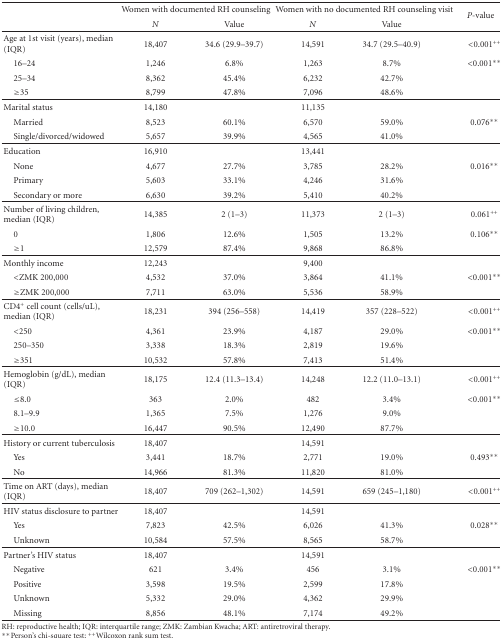
<table><thead><tr><td></td><td colspan="2"><b>Women with documented RH counseling</b></td><td colspan="2"><b>Women with no documented RH counseling visit</b></td><td rowspan="2"><b><i> P</i>-value</b></td></tr><tr><td></td><td><b><i>N</i></b></td><td><b>Value</b></td><td><b><i>N</i></b></td><td><b>Value</b></td></tr></thead><tbody><tr><td>Age at 1st visit (years), median (IQR)</td><td>18,407</td><td>34.6 (29.9–39.7)</td><td>14,591</td><td>34.7 (29.5–40.9)</td><td>&lt;0.001<sup>++</sup></td></tr><tr><td> 16–24</td><td>1,246</td><td>6.8%</td><td>1,263</td><td>8.7%</td><td>&lt;0.001**</td></tr><tr><td> 25–34</td><td>8,362</td><td>45.4%</td><td>6,232</td><td>42.7%</td><td></td></tr><tr><td> ≥35</td><td>8,799</td><td>47.8%</td><td>7,096</td><td>48.6%</td><td></td></tr><tr><td>Marital status</td><td>14,180</td><td></td><td>11,135</td><td></td><td></td></tr><tr><td> Married</td><td>8,523</td><td>60.1%</td><td>6,570</td><td>59.0%</td><td>0.076**</td></tr><tr><td> Single/divorced/widowed</td><td>5,657</td><td>39.9%</td><td>4,565</td><td>41.0%</td><td></td></tr><tr><td>Education</td><td>16,910</td><td></td><td>13,441</td><td></td><td></td></tr><tr><td> None</td><td>4,677</td><td>27.7%</td><td>3,785</td><td>28.2%</td><td>0.016**</td></tr><tr><td> Primary</td><td>5,603</td><td>33.1%</td><td>4,246</td><td>31.6%</td><td></td></tr><tr><td> Secondary or more</td><td>6,630</td><td>39.2%</td><td>5,410</td><td>40.2%</td><td></td></tr><tr><td>Number of living children, median (IQR)</td><td>14,385</td><td>2 (1–3)</td><td>11,373</td><td>2 (1–3)</td><td>0.061<sup>++</sup></td></tr><tr><td> 0</td><td>1,806</td><td>12.6%</td><td>1,505</td><td>13.2%</td><td>0.106**</td></tr><tr><td> ≥1</td><td>12,579</td><td>87.4%</td><td>9,868</td><td>86.8%</td><td></td></tr><tr><td>Monthly income</td><td>12,243</td><td></td><td>9,400</td><td></td><td></td></tr><tr><td> &lt;ZMK 200,000</td><td>4,532</td><td>37.0%</td><td>3,864</td><td>41.1%</td><td>&lt;0.001**</td></tr><tr><td> ≥ZMK 200,000</td><td>7,711</td><td>63.0%</td><td>5,536</td><td>58.9%</td><td></td></tr><tr><td>CD4<sup>+</sup> cell count (cells/uL), median (IQR)</td><td>18,231</td><td>394 (256–558)</td><td>14,419</td><td>357 (228–522)</td><td>&lt;0.001<sup>++</sup></td></tr><tr><td> &lt;250</td><td>4,361</td><td>23.9%</td><td>4,187</td><td>29.0%</td><td>&lt;0.001**</td></tr><tr><td> 250–350</td><td>3,338</td><td>18.3%</td><td>2,819</td><td>19.6%</td><td></td></tr><tr><td> ≥351</td><td>10,532</td><td>57.8%</td><td>7,413</td><td>51.4%</td><td></td></tr><tr><td>Hemoglobin (g/dL), median (IQR)</td><td>18,175</td><td>12.4 (11.3–13.4)</td><td>14,248</td><td>12.2 (11.0–13.1)</td><td>&lt;0.001<sup>++</sup></td></tr><tr><td> ≤8.0</td><td>363</td><td>2.0%</td><td>482</td><td>3.4%</td><td>&lt;0.001**</td></tr><tr><td> 8.1–9.9</td><td>1,365</td><td>7.5%</td><td>1,276</td><td>9.0%</td><td></td></tr><tr><td> ≥10.0</td><td>16,447</td><td>90.5%</td><td>12,490</td><td>87.7%</td><td></td></tr><tr><td>History or current tuberculosis</td><td>18,407</td><td></td><td>14,591</td><td></td><td></td></tr><tr><td> Yes</td><td>3,441</td><td>18.7%</td><td>2,771</td><td>19.0%</td><td>0.493**</td></tr><tr><td> No</td><td>14,966</td><td>81.3%</td><td>11,820</td><td>81.0%</td><td></td></tr><tr><td>Time on ART (days), median (IQR)</td><td>18,407</td><td>709 (262–1,302)</td><td>14,591</td><td>659 (245–1,180)</td><td>&lt;0.001<sup>++</sup></td></tr><tr><td>HIV status disclosure to partner</td><td>18,407</td><td></td><td>14,591</td><td></td><td></td></tr><tr><td> Yes</td><td>7,823</td><td>42.5%</td><td>6,026</td><td>41.3%</td><td>0.028**</td></tr><tr><td> Unknown</td><td>10,584</td><td>57.5%</td><td>8,565</td><td>58.7%</td><td></td></tr><tr><td>Partner&#x27;s HIV status</td><td>18,407</td><td></td><td>14,591</td><td></td><td></td></tr><tr><td> Negative</td><td>621</td><td>3.4%</td><td>456</td><td>3.1%</td><td>&lt;0.001**</td></tr><tr><td> Positive</td><td>3,598</td><td>19.5%</td><td>2,599</td><td>17.8%</td><td></td></tr><tr><td> Unknown</td><td>5,332</td><td>29.0%</td><td>4,362</td><td>29.9%</td><td></td></tr><tr><td> Missing</td><td>8,856</td><td>48.1%</td><td>7,174</td><td>49.2%</td><td></td></tr></tbody></table>